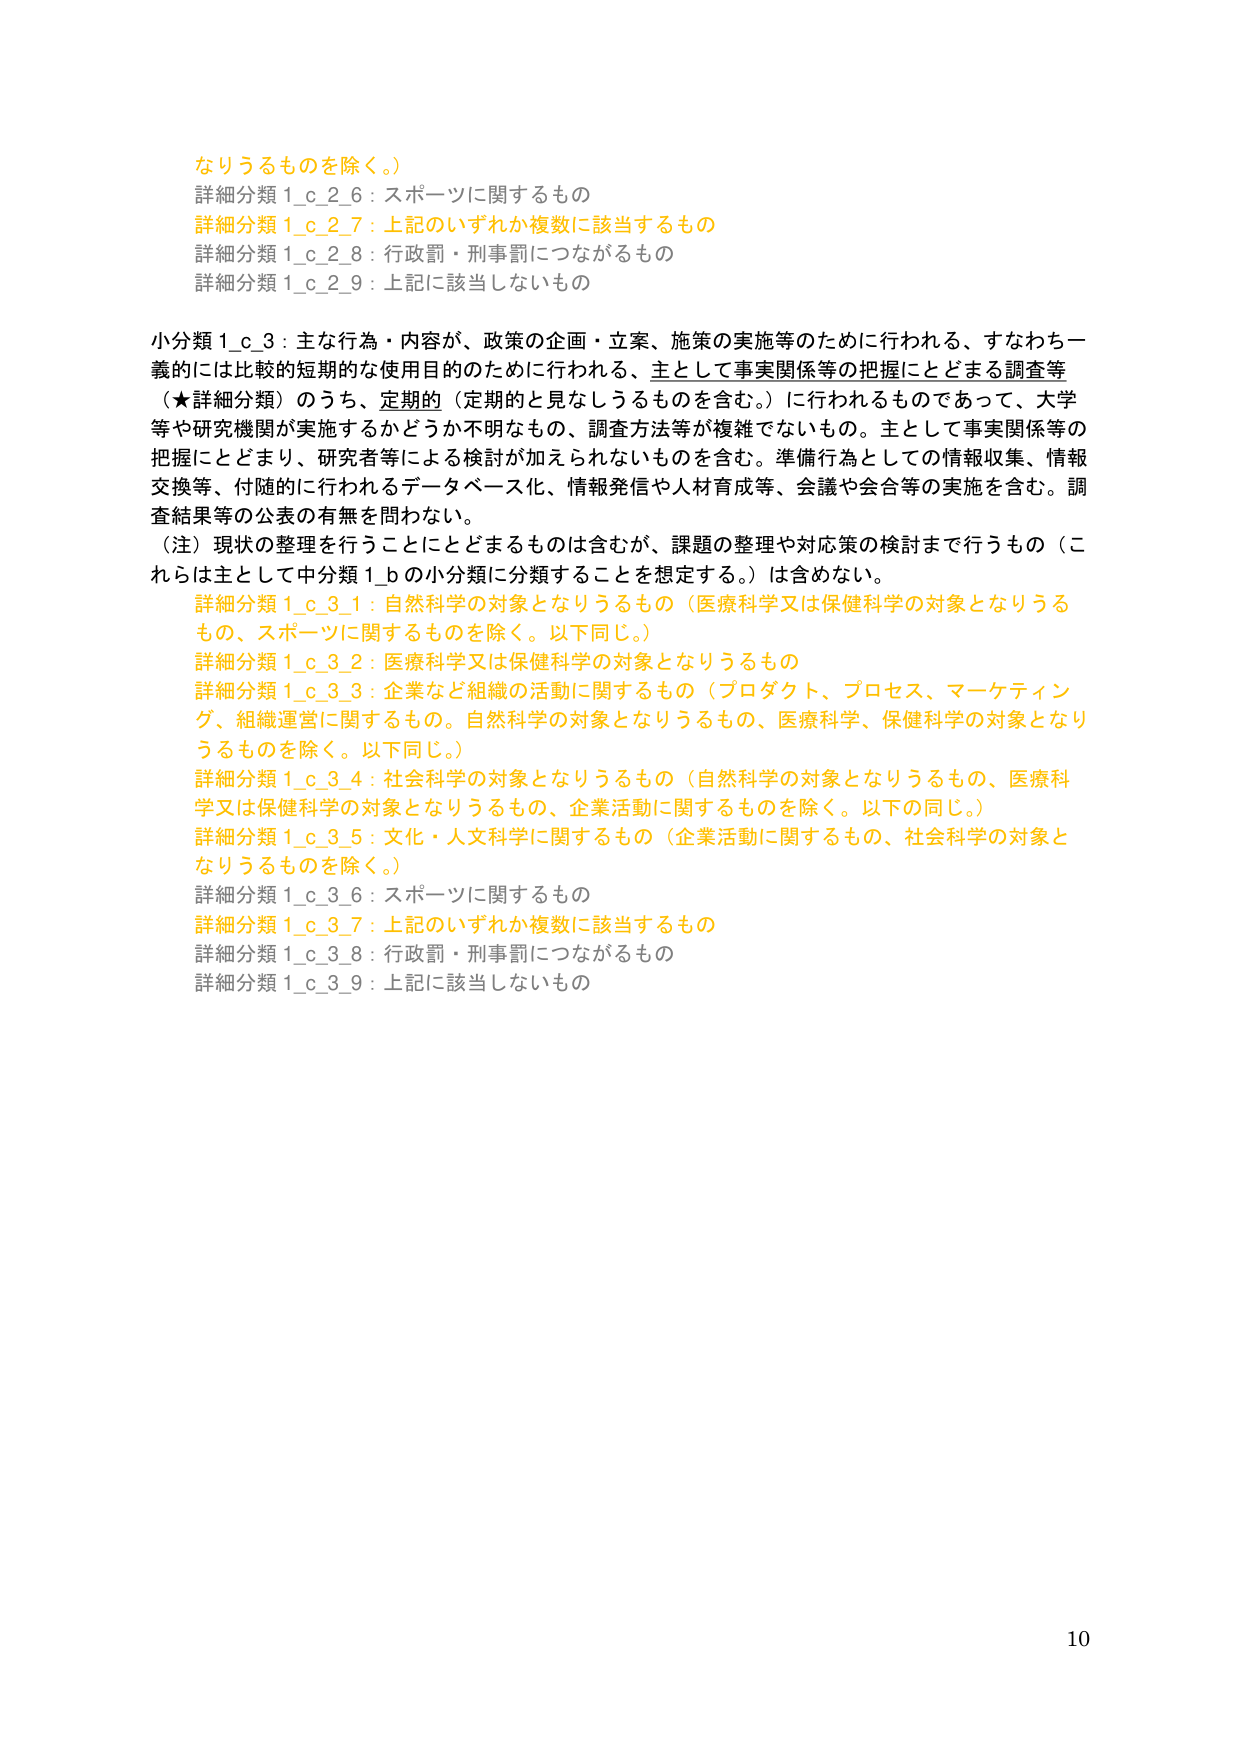
なリうるものを除く。）
詳細分類 1_c_2_6：スポーツに関するもの
詳細分類 1_c_2_7：上記のいずれか複数に該当するもの
詳細分類 1_c_2_8：行政罰・刑事罰につながるもの
詳細分類 1_c_2_9：上記に該当しないもの

小分類 1_c_3：主な行為・内容が、政策の企画・立案、施策の実施等のために行われる、すなわち一義的には比較的短期的な使用目的のために行われる、主として事実関係等の把握にとどまる調査等（★詳細分類）のうち、定期的（定期的と見なしうるものを含む。）に行われるものであって、大学等や研究機関が実施するかどうか不明なもの、調査方法等が複雑でないもの。主として事実関係等の把握にとどまり、研究者等による検討が加えられないものを含む。準備行為としての情報収集、情報交換等、付随的に行われるデータベース化、情報発信や人材育成等、会議や会合等の実施を含む。調査結果等の公表の有無を問わない。
（注）現状の整理を行うことにとどまるものは含むが、課題の整理や対応策の検討まで行うもの（これらは主として中分類 1_b の小分類に分類することを想定する。）は含めない。
詳細分類 1_c_3_1：自然科学の対象となりうるもの（医療科学又は保健科学の対象となりうるもの、スポーツに関するものを除く。以下同じ。）
詳細分類 1_c_3_2：医療科学又は保健科学の対象となりうるもの
詳細分類 1_c_3_3：企業など組織の活動に関するもの（プロダクト、プロセス、マーケティング、組織運営に関するもの。自然科学の対象となりうるもの、医療科学、保健科学の対象となりうるものを除く。以下同じ。）
詳細分類 1_c_3_4：社会科学の対象となりうるもの（自然科学の対象となりうるもの、医療科学又は保健科学の対象となりうるもの、企業活動に関するものを除く。以下の同じ。）
詳細分類 1_c_3_5：文化・人文科学に関するもの（企業活動に関するもの、社会科学の対象となりうるものを除く。）
詳細分類 1_c_3_6：スポーツに関するもの
詳細分類 1_c_3_7：上記のいずれか複数に該当するもの
詳細分類 1_c_3_8：行政罰・刑事罰につながるもの
詳細分類 1_c_3_9：上記に該当しないもの

10